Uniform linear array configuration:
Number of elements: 64
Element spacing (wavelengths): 0.25
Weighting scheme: kaiser
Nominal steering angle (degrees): -60
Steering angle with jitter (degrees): -61.899
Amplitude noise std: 0.05
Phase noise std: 0.05

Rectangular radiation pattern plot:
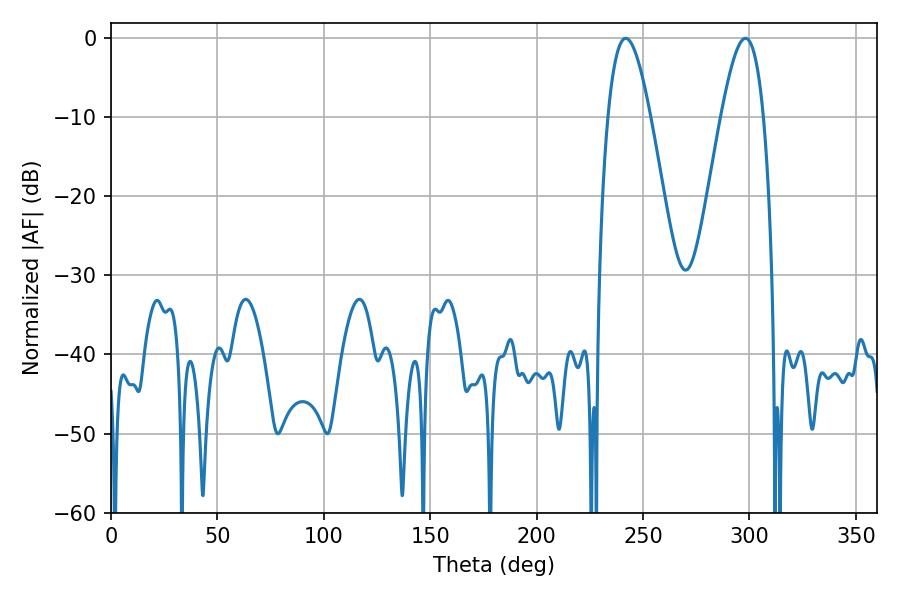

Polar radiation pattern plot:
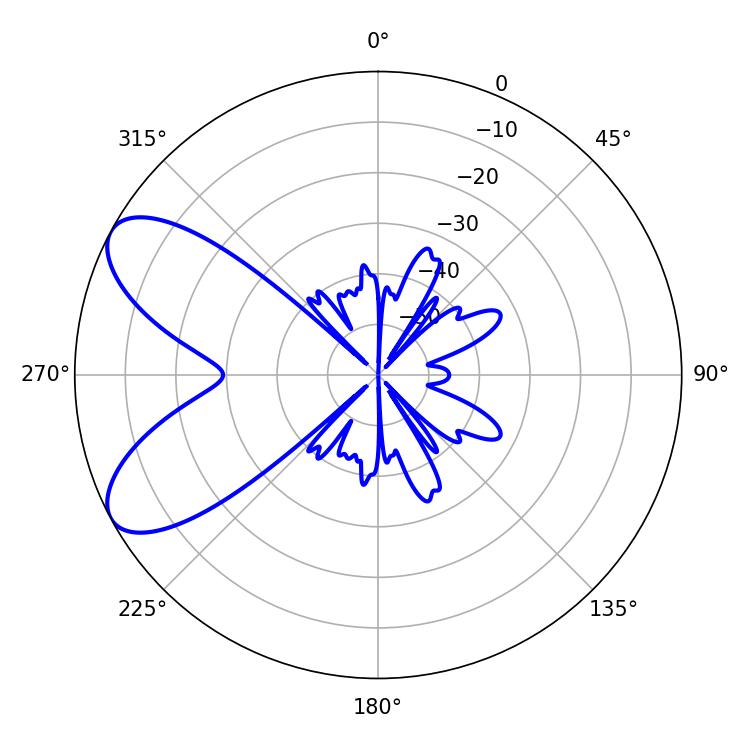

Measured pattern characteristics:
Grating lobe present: FALSE
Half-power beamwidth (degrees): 10.8
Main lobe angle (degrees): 298.08